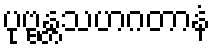
ပုဗ္ဗန္တသဟဂတာနံ